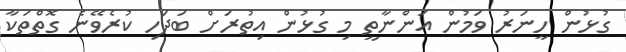
ގުޅުން ހީނަރު ވަމުން އަންނާތީ މި ގުޅުން އިތުރަށް ބަދަހި ކުރެވޭނެ ގޮތްތަކާ